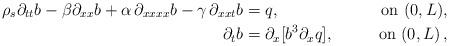
LaTeX: \begin{align*}\rho_s\partial_{tt}{b} - \beta \partial_{xx}{b} + \alpha \, \partial_{xxxx}{b} - \gamma \, \partial_{xxt} {b} =& \; q ,& \mbox{on } (0, L), \\\partial_{t} {b} =& \; \partial_x [{b}^3 \partial_{x} q], &\mbox{on } (0, L) \,, \end{align*}